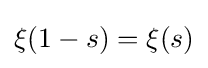
\xi (1-s)=\xi (s)